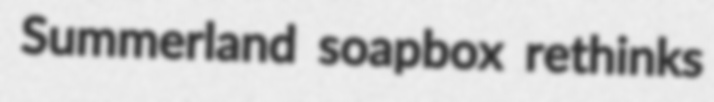
Summerland soapbox rethinks